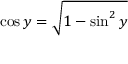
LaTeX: \cos y = { \sqrt { 1 - \sin ^ { 2 } y } }